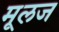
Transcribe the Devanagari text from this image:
मूलज